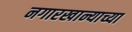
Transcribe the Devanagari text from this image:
नगारखान्याच्या